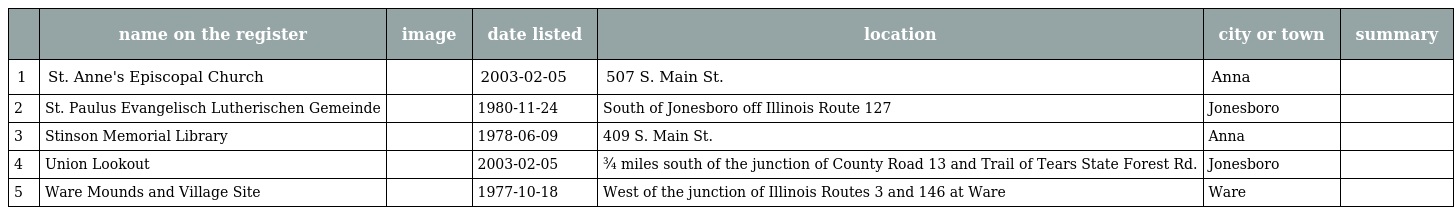
|  | name on the register | image | date listed | location | city or town | summary |
 | --- | --- | --- | --- | --- | --- | --- |
 | 1 | St. Anne's Episcopal Church |  | 2003-02-05 | 507 S. Main St. | Anna |  |
 | 2 | St. Paulus Evangelisch Lutherischen Gemeinde |  | 1980-11-24 | South of Jonesboro off Illinois Route 127 | Jonesboro |  |
 | 3 | Stinson Memorial Library |  | 1978-06-09 | 409 S. Main St. | Anna |  |
 | 4 | Union Lookout |  | 2003-02-05 | ¾ miles south of the junction of County Road 13 and Trail of Tears State Forest Rd. | Jonesboro |  |
 | 5 | Ware Mounds and Village Site |  | 1977-10-18 | West of the junction of Illinois Routes 3 and 146 at Ware | Ware |  |